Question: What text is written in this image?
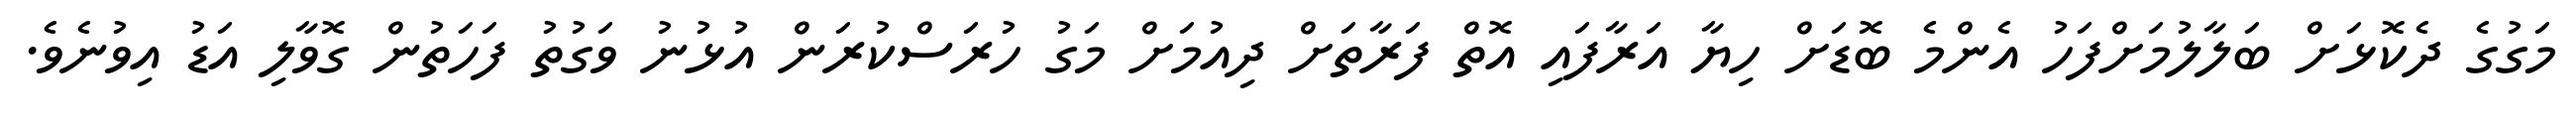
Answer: މަގުގެ ދެކޮޅަށް ބަލާލުމަށްފަހު އެންމެ ބޮޑަށް ހިޔާ އަރާފައި އޮތް ފަރާތަށް ދިއުމަށް މަގު ހުރަސްކުރަން އުޅުނު ވަގުތު ފަހަތުން ގޮވާލި އަޑު އިވުނެވެ.